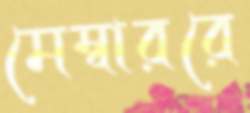
মেম্বাররে